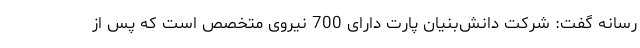
رسانه گفت: شرکت دانش‌بنیان پارت دارای 700 نیروی متخصص است که پس از